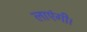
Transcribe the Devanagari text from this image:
लाएंगी।